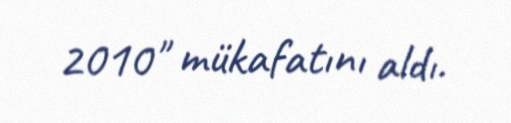
2010" mükafatını aldı.